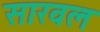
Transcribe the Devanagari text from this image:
सारवल